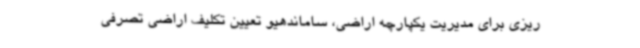
ریزی برای مدیریت یکپارچه اراضی، ساماندهیو تعیین تکلیف اراضی تصرفی